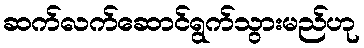
ဆက်လက်ဆောင်ရွက်သွားမည်ဟု